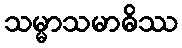
သမ္မာသမာဓိဿ